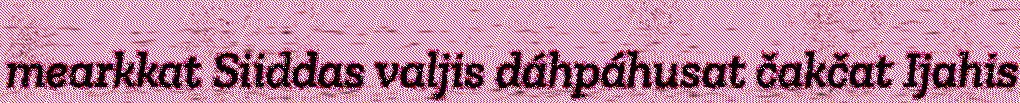
mearkkat Siiddas valjis dáhpáhusat čakčat Ijahis